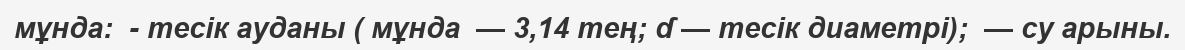
мұнда:  - тесік ауданы ( мұнда  — 3,14 тең; ɗ — тесік диаметрі);  — су арыны.